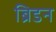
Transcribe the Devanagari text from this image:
ब्रिडन